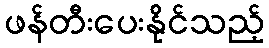
ဖန်တီးပေးနိုင်သည့်